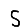
Digit: 5